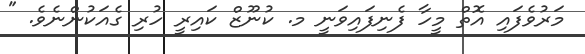
މަރުވެފައި އޮތް މީހާ ފެނިފައިވަނީ މ. ކުނޫޒް ކައިރީ ހުރި ގެއަކުންނެވެ. "